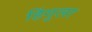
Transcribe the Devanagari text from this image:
हिंगुला